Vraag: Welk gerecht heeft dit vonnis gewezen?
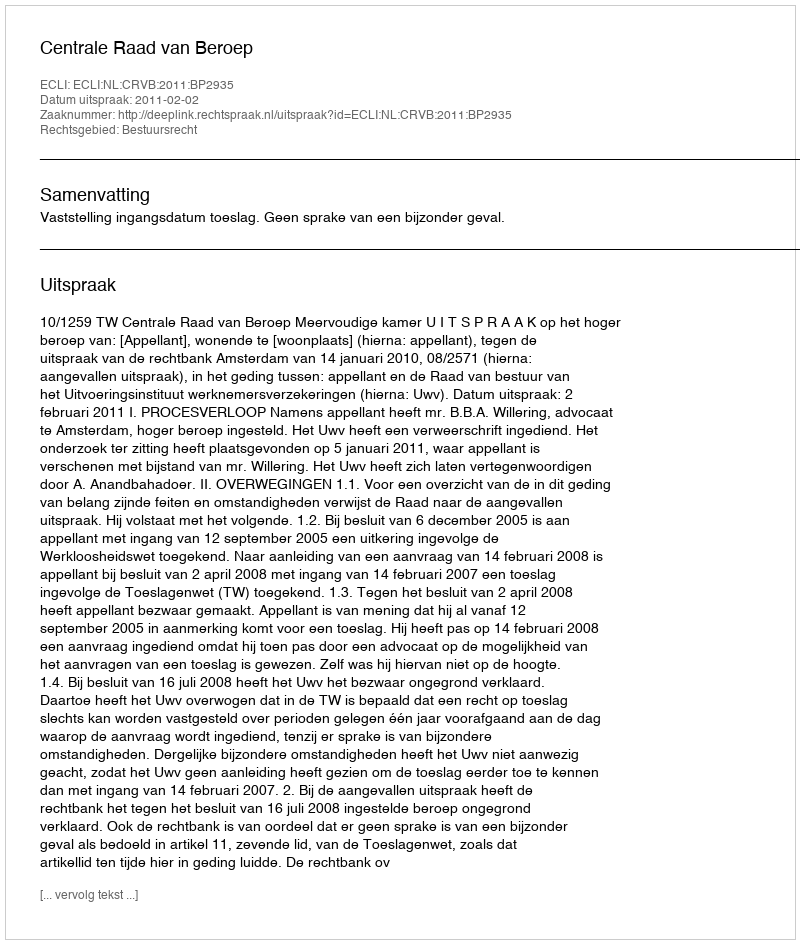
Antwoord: Centrale Raad van Beroep